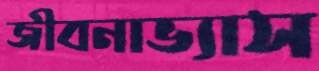
জীবনাভ্যাস